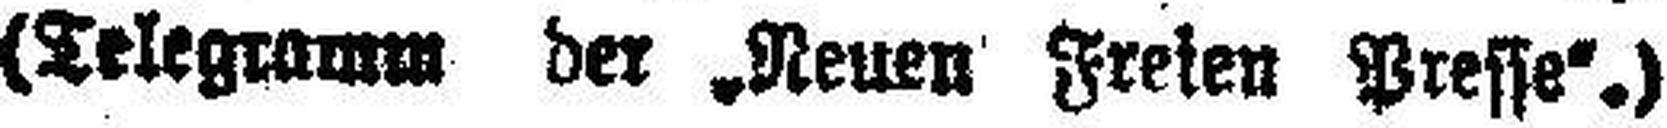
(Telegramm der „Neuen Freien Presse“.)